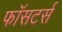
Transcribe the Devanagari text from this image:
फॉसटर्स